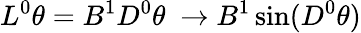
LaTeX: L^{0}\theta=B^{1}D^{0}\theta\ \rightarrow B^{1}\sin(D^{0}\theta)